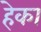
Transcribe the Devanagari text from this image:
हेका